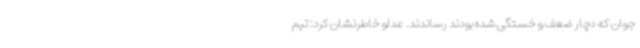
جوان که دچار ضعف و خستگی شده بودند رساندند. عدلو خاطرنشان کرد: تیم